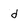
Character: d